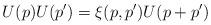
LaTeX: \begin{align*}U(p)U(p')=\xi(p,p')U(p+p')\end{align*}